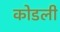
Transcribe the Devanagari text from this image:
कोडली